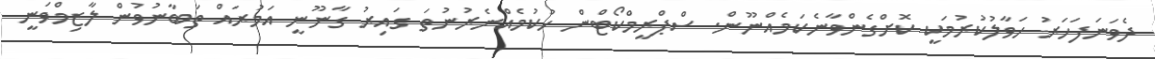
ދެވަނަފަހަރު ހަވާލުކުރުމަކީ ކޮށްގެންވާނެކަމެއްނޫން. ސްޕްރީމްކޯޓްން ހުކުމެއްނެރުނުތަ ގައިރު ގާނޫނީ އަމުރައް ތަބާނުވުން ލާޒިމްވަނީ